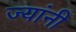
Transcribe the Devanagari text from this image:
ज्‍यांनी